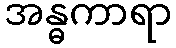
အန္ဓကာရာ